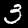
Digit: 3